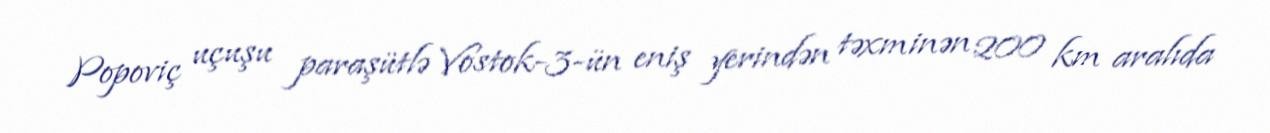
Popoviç uçuşu paraşütlə Vostok-3-ün eniş yerindən təxminən 200 km aralıda